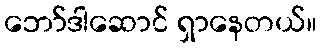
ဘော်ဒါဆောင် ရှာနေတယ်။